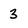
Character: 3